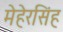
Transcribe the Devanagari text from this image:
मेहेरसिंह